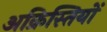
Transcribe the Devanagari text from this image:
अक्रिस्तियों